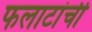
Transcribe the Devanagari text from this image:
फलाटांची